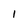
Character: l